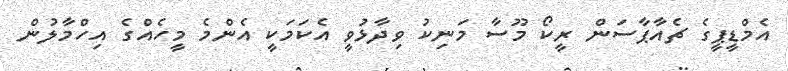
އެމްޑީޕީގެ ޗެއާޕާސަން ރީކޯ މޫސާ މަނިކު ވިދާޅުވީ އެކަމަކީ އެންމެ މީހެއްގެ އިހްމާލުން